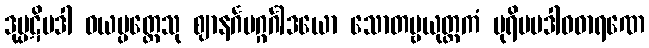
ဒုပ္ပဋိပဒါ ဝယပ္ပတ္တေသု ဈာနင်္ဂမဂ္ဂင်္ဂါဒယော သောတဗ္ဗယုတ္တကံ ပုရိမပဒါဝဓာရဏေ